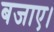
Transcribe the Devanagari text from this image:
बजाए।